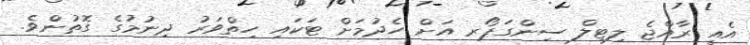
އެއީ ރާއްޖެ ލިޓިލް ސިންގަޕޯރ އަށް ހެދުމަށް ޓަކައި ހިތްވަރު ދިނުމުގެ ގޮތުންވެ.